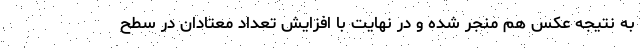
به نتیجه عکس هم منجر شده و در نهایت با افزایش تعداد معتادان در سطح